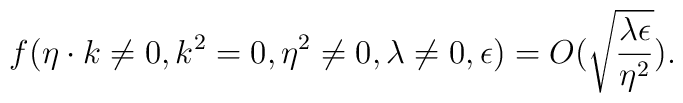
f(\eta\cdot k\neq0, k^2=0, \eta^2\neq0,\lambda\neq0,\epsilon)= O(\sqrt{{\lambda\epsilon\over\eta^2}}).